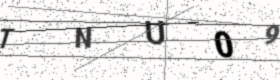
Text: TNU09